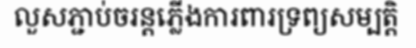
លួសភ្ជាប់ចរន្តភ្លើងការពារទ្រព្យសម្បត្តិ